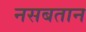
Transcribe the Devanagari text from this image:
नसबतान